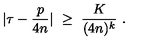
| \tau - \frac { p } { 4 n } | \ \ge \ \frac K { ( 4 n ) ^ { k } } \ .